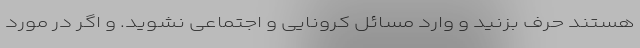
هستند حرف بزنید و وارد مسائل کرونایی و اجتماعی نشوید. و اگر در مورد